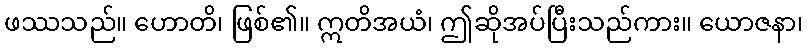
ဖဿသည်။ ဟောတိ၊ ဖြစ်၏။ ဣတိအယံ၊ ဤဆိုအပ်ပြီးသည်ကား။ ယောဇနာ၊